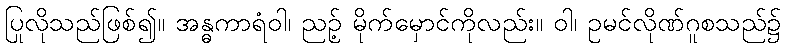
ပြုလိုသည်ဖြစ်၍။ အန္ဓကာရံဝါ၊ ညဉ့် မိုက်မှောင်ကိုလည်း။ ဝါ၊ ဥမင်လိုဏ်ဂူစသည်၌